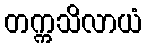
တက္ကသိလာယံ